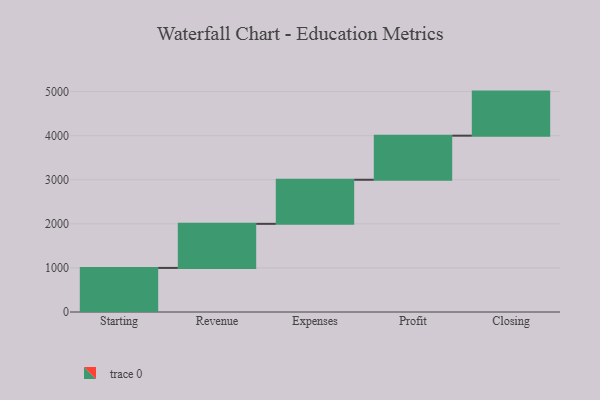
{"axis": {"x": "Step", "y": "Value"}, "legend": [""], "data": [{"x": "Starting", "y": 1000, "type": ""}, {"x": "Revenue", "y": 1000, "type": ""}, {"x": "Expenses", "y": 1000, "type": ""}, {"x": "Profit", "y": 1000, "type": ""}, {"x": "Closing", "y": 1000, "type": ""}]}